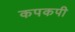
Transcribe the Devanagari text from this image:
कपकपी